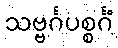
သဗ္ဗင်္ဂပစ္စင်္ဂံ